Regulations for the medical services of the Army of India
Year: 1930
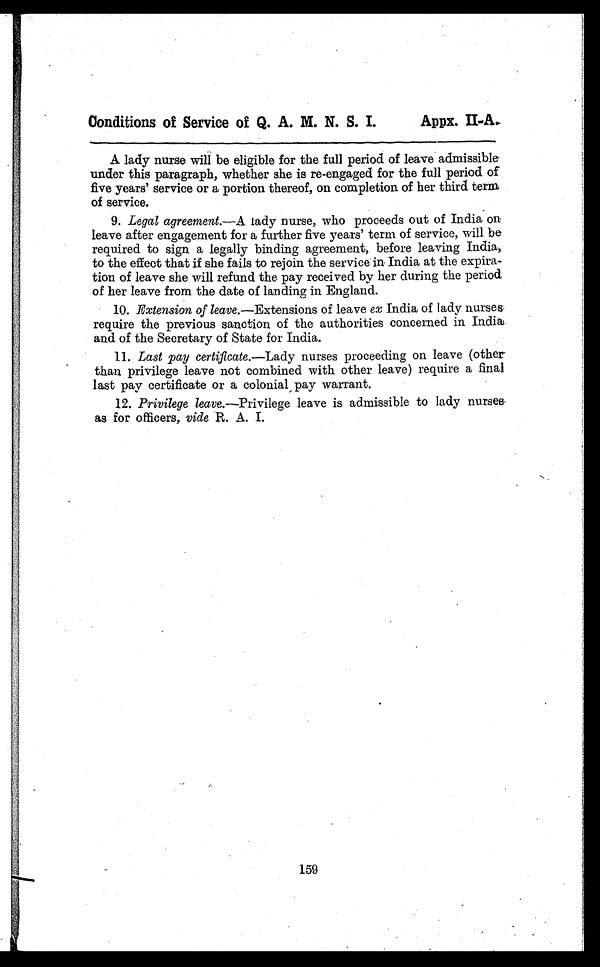
Conditions of Service of Q. A. M. N. S. I.
Appx. II. A.
A lady nurse will be eligible for the full period of leave admissible
under this paragraph, whether she is re-engaged for the full period of
five years' service or a portion thereof, on completion of her third term
of service.
9. Legal agreement.—A lady nurse, who proceeds out of India on
leave after engagement for a further five years' term of service, will be
required to sign a legally binding agreement, before leaving India,
to the effect that if she fails to rejoin the service in India at the expira-
tion of leave she will refund the pay received by her during the period
of her leave from the date of landing in England.
10.Extension of leave.—Extensions of leave ex India of lady nurses
require the previous sanction of the authorities concerned in In.dial.
and of the Secretary of State for India.
11.Last pay certificate.—Lady nurses proceeding on leave (other
than privilege leave not combined with other leave) require a final
last pay certificate or a colonial, pay warrant.
12.Privilege leave.—Privilege leave is admissible to lady nurses
as for officers, vide R. A. I.
159